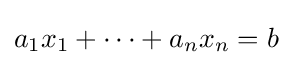
a_{1}x_{1}+\cdots +a_{n}x_{n}=b